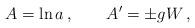
LaTeX: \begin{align*}A=\ln a \,,\qquad A'=\pm gW\,, \end{align*}